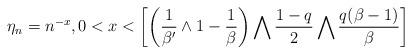
LaTeX: \begin{align*} \qquad\eta_n = n^{-x},0<x< \biggl[ \biggl(\frac{1}{\beta'}\wedge1-\frac{1}{\beta} \biggr)\bigwedge\frac{1-q}{2} \bigwedge\frac{q(\beta-1)}{\beta} \biggr]\end{align*}